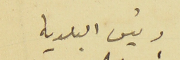
رئيس البلدية